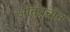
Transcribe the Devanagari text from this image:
अतिप्रचीन